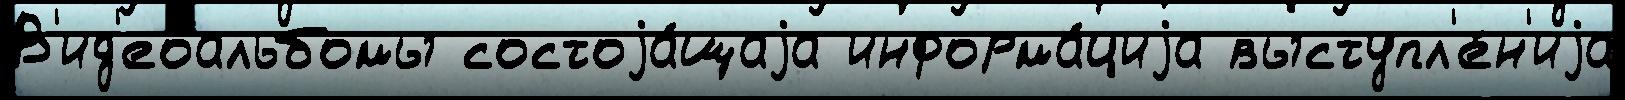
В'ид'еоальбомы состоjа́щаjа информа́циjа выступл'е́н'иjа